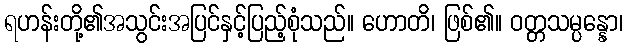
ရဟန်းတို့၏အသွင်းအပြင်နှင့်ပြည့်စုံသည်။ ဟောတိ၊ ဖြစ်၏။ ဝတ္တသမ္ပန္နော၊